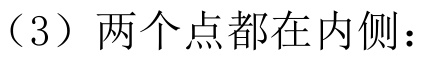
（3）两个点都在内侧：